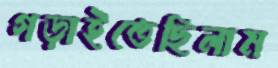
গড়াইতেছিলাম